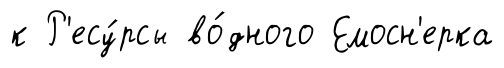
к Р'есу́рсы во́дного Емосн'ерка